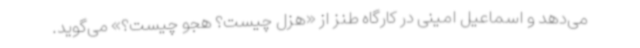
می‌دهد و اسماعیل امینی در کارگاه طنز از «هزل چیست؟ هجو چیست؟» می‌گوید.